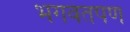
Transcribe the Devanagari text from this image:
भगवंतपण